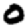
Digit: 0